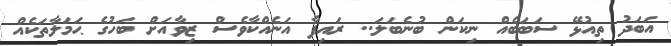
އަބަދު ތިއުޅޭ ސަބަބެއް ނިކަން ބުނެބަލަ.. ރައިފާ އަނެއްކާވެސް ޒިވާއަށް ބަހުގެ ޙަމަލާތަކެއް